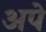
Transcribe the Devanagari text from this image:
अपे